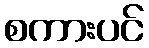
စကားပင်